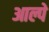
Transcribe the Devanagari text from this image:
आल्पे